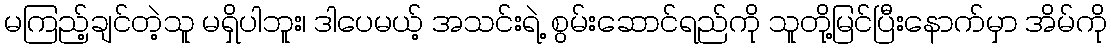
မကြည့်ချင်တဲ့သူ မရှိပါဘူး၊ ဒါပေမယ့် အသင်းရဲ့ စွမ်းဆောင်ရည်ကို သူတို့မြင်ပြီးနောက်မှာ အိမ်ကို